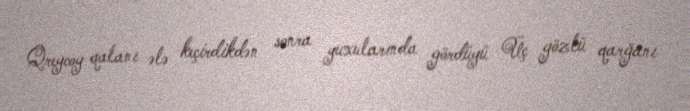
Qreycoy qalanı ələ keçirdikdən sonra yuxularında gördüyü Üç gözlü qarğanı